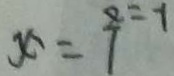
x = 7